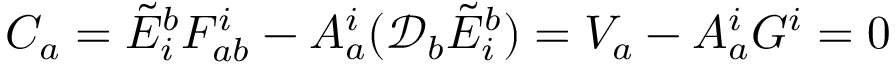
C _ { a } = { \tilde { E } } _ { i } ^ { b } F _ { a b } ^ { i } - A _ { a } ^ { i } ( { \mathcal { D } } _ { b } { \tilde { E } } _ { i } ^ { b } ) = V _ { a } - A _ { a } ^ { i } G ^ { i } = 0